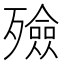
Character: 殮